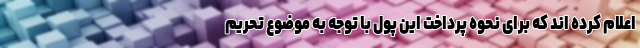
اعلام کرده اند که برای نحوه پرداخت این پول با توجه به موضوع تحریم